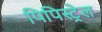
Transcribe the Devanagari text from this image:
पिपिस्ट्रेल